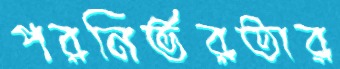
পরনির্ভরতার